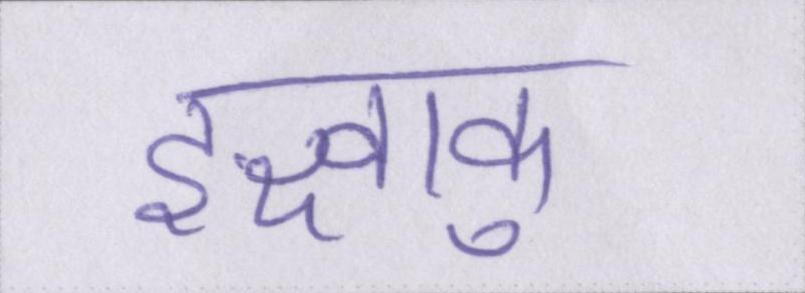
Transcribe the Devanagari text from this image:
इक्ष्वाकु